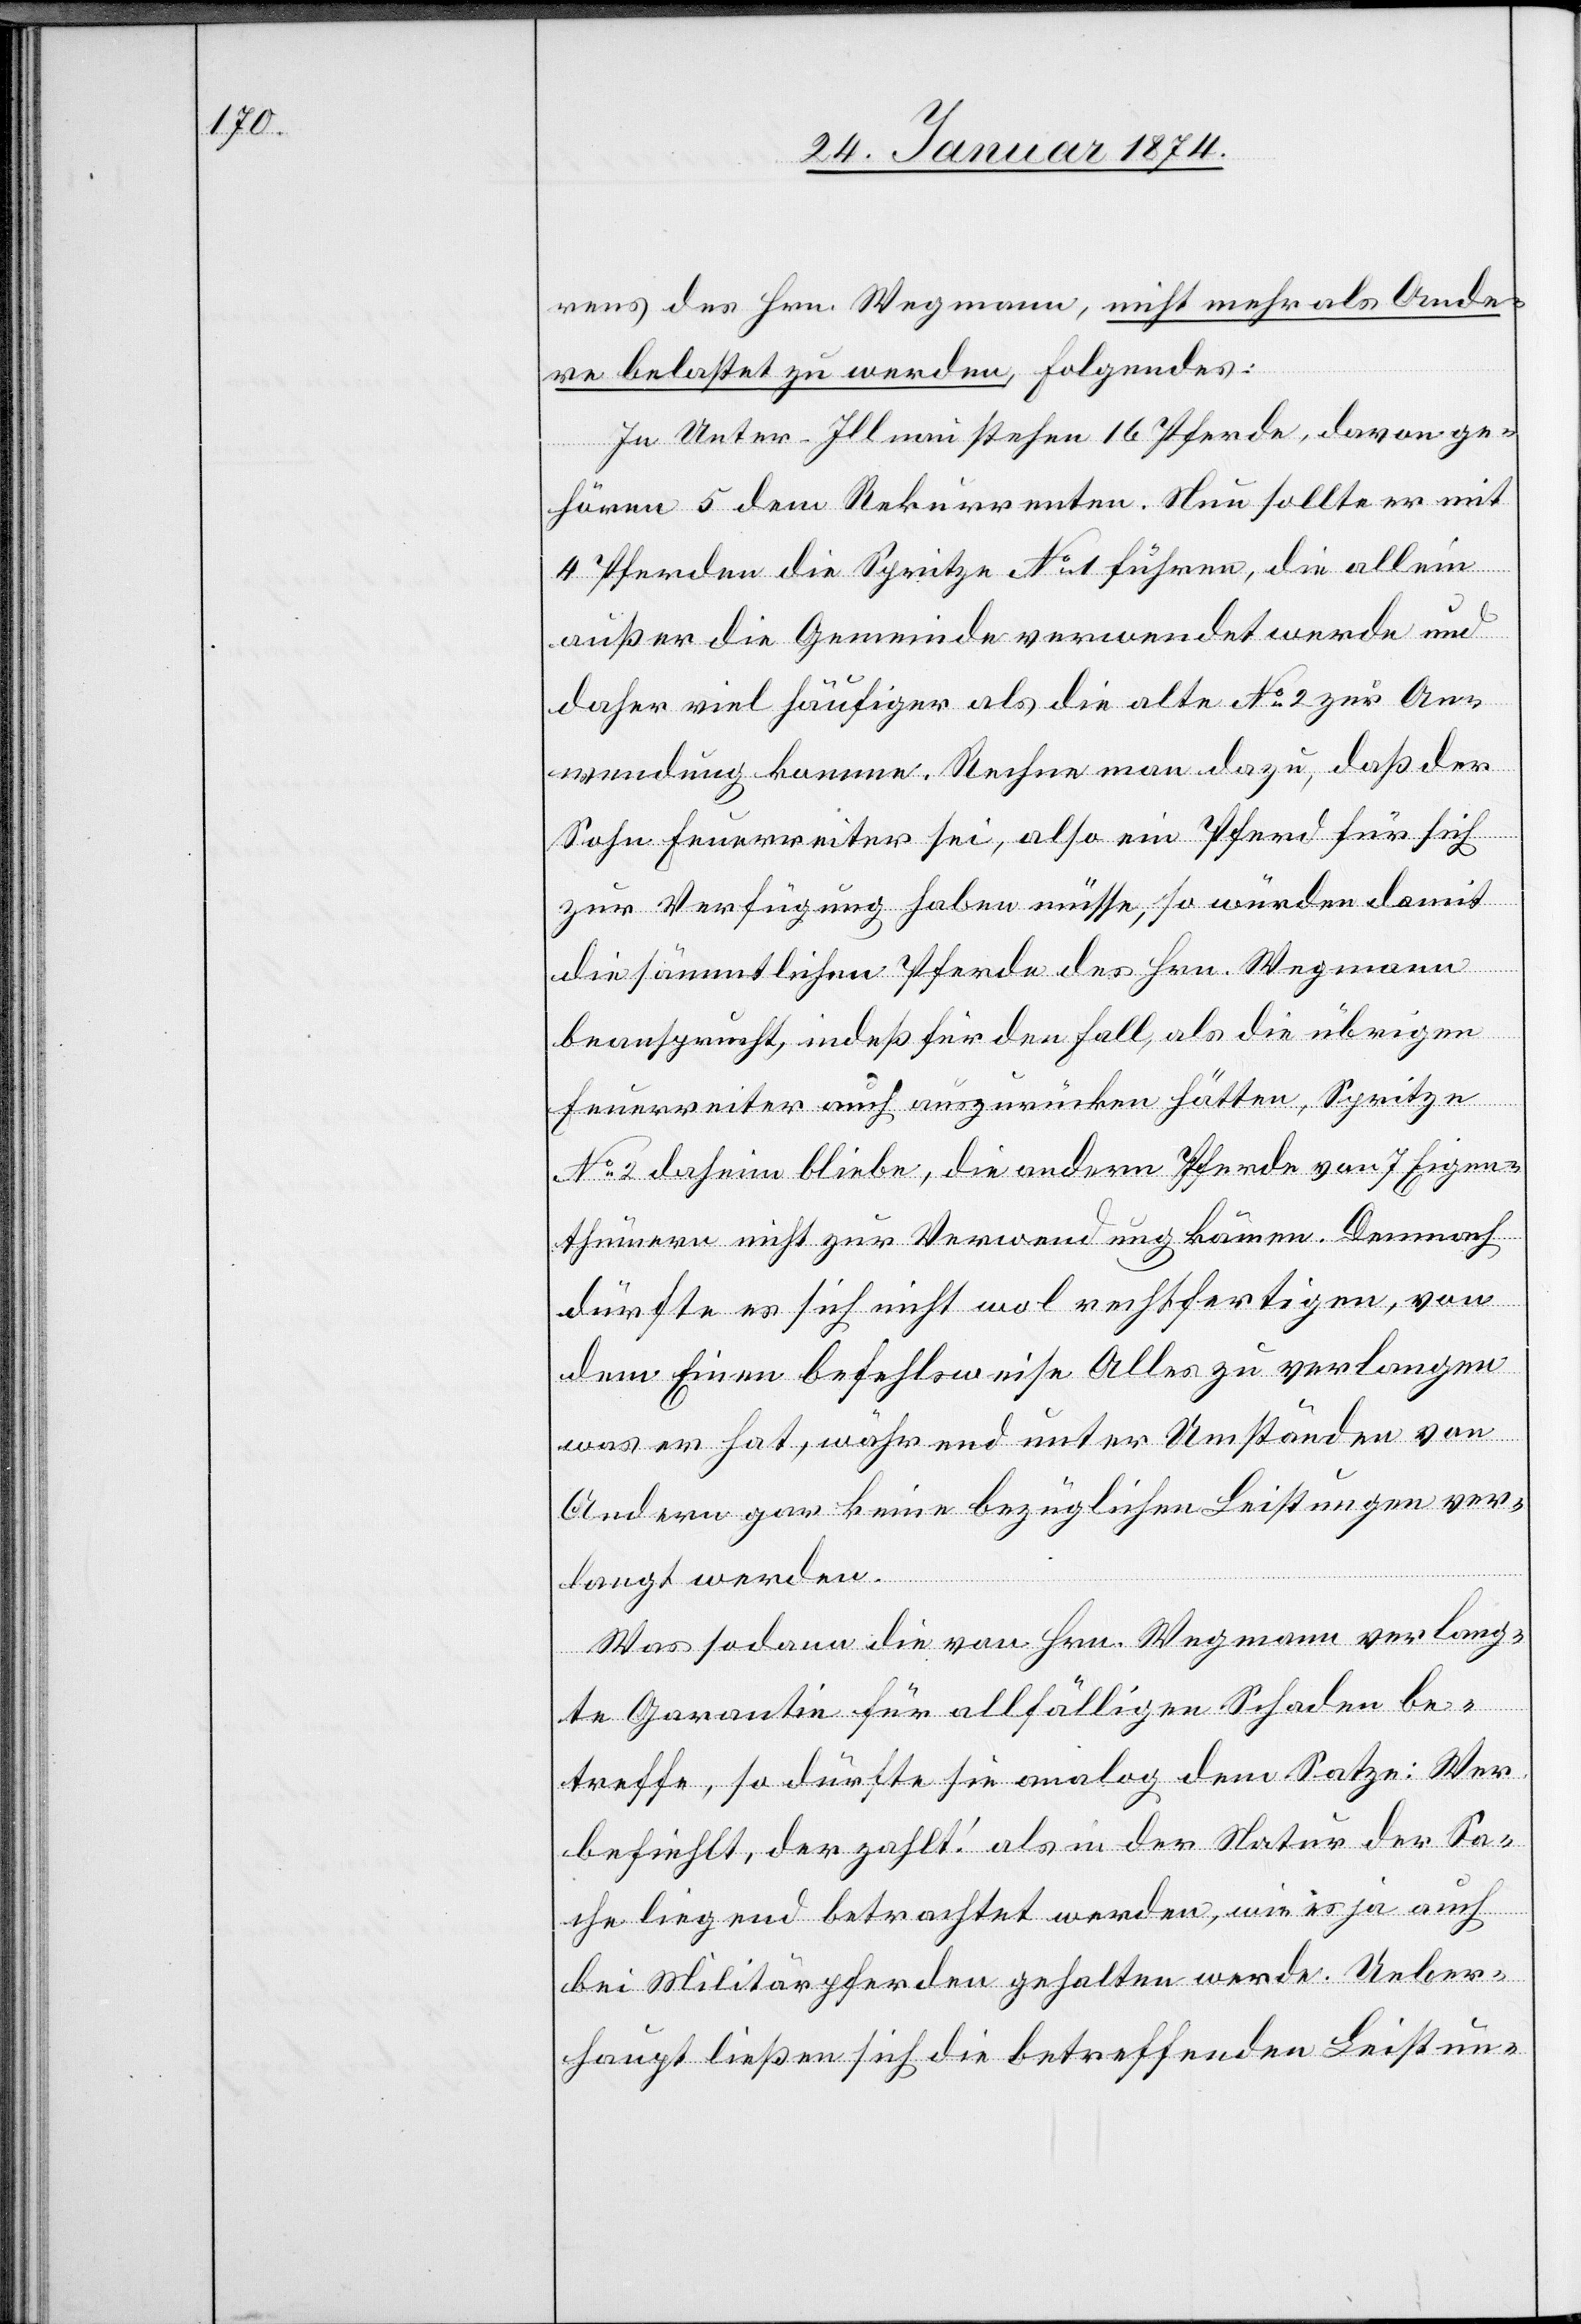
rens des Hrn. Wegmann, nicht mehr als Ande¬
re belastet zu werden, Folgendes:
In Unter-Illnau stehen 16 Pferde, davon ge¬
hören 5 dem Rekurrenten. Neu sollte er mit
4 Pferden die Spritze No 1 führen, die allein
außer die Gemeinde verwendet werde und
daher viel häufiger als die alte No 2 zur An¬
wendung komme. Rechne man dazu, daß der
Sohn Feuerreiter sei, also ein Pferd für sich
zur Verfügung haben müsse, so würden damit
die sämmtlichen Pferde des Hrn. Wegmann
beansprucht, indeß für den Fall, als die übrigen
Feuerreiter auch auszurücken hätten, Spritze
No 2 daheim bliebe, die andern Pferde von 7 Eigen¬
thümern nicht zur Verwendung kämen. Dennoch
dürfte es sich nicht wol rechtfertigen, von
dem Einen befehlsweise Alles zu verlangen
was er hat, während unter Umständen von
Andren gar keine bezüglichen Leistungen ver¬
langt werden.
Was sodann die von Hrn. Wegmann verlang¬
te Garantie für allfälligen Schaden be¬
treffe, so dürfte sie analog dem Satze: Wer
befiehlt, der zahlt! als in der Natur der Sa¬
che liegend betrachtet werden, wie es ja auch
bei Militärpferden gehalten werde. Ueber¬
haupt ließen sich die betreffenden Leistun-